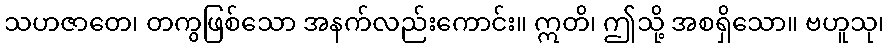
သဟဇာတေ၊ တကွဖြစ်သော အနက်လည်းကောင်း။ ဣတိ၊ ဤသို့ အစရှိသော။ ဗဟူသု၊